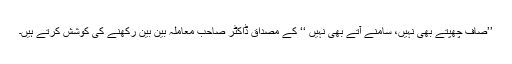
’’صاف چھپتے بھی نہیں، سامنے آتے بھی نہیں ‘‘ کے مصداق ڈاکٹر صاحب معاملہ بین بین رکھنے کی کوشش کرتے ہیں۔